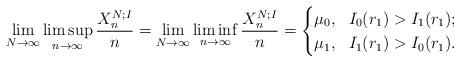
LaTeX: \begin{align*}\lim_{N\to\infty}\limsup_{n\to\infty}\frac{X^{N;I}_n}n=\lim_{N\to\infty}\liminf_{n\to\infty}\frac{X^{N;I}_n}n=\begin{cases} \mu_0,\ \ I_0(r_1)>I_1(r_1);\\\mu_1,\ \ I_1(r_1)>I_0(r_1).\end{cases}\end{align*}